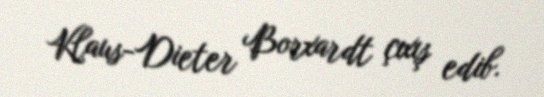
Klaus-Dieter Borxardt çıxış edib.